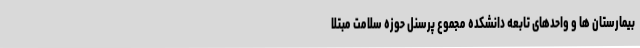
بیمارستان ها و واحدهای تابعه دانشکده مجموع پرسنل حوزه سلامت مبتلا